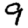
Digit: 9